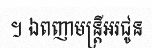
។ ឯពញាមន្ត្រីអរជូន